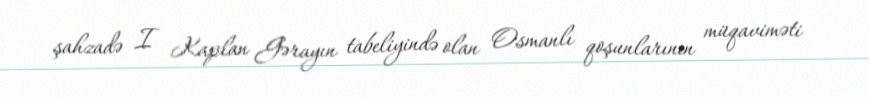
şahzadə I Kaplan Gərayın tabeliyində olan Osmanlı qoşunlarının müqaviməti